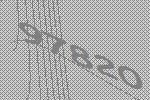
97820